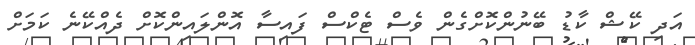
އަދި ކޭޝް ކާޑު ބޭނުންކޮށްގެން ވެސް ޓެކްސް ފައިސާ އޮންލައިންކޮށް ދެއްކޭނެ ކަަމަށް